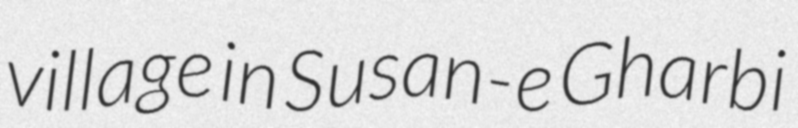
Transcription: village in Susan-e Gharbi